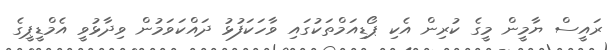
ރައީސް ޔާމީން މީގެ ކުރިން އެކި ޕޯޑިއަމްތަކުގައި ވާހަކަފުޅު ދައްކަވަމުން ވިދާޅުވީ އެމްޑީޕީގެ